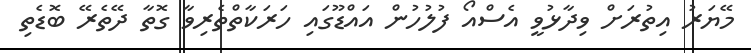
މޭޔަރު އިތުރަށް ވިދާޅުވީ އެސްއޯ ފުލުހުން އައްޑޫގައި ހަރަކާތްތެރިވާ ގޮތާ ދޭތެރޭ ބޮޑެތި